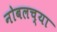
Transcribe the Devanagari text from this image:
नोबलच्या